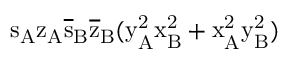
\mathrm { s _ { A } \mathrm { z _ { A } \mathrm { \overline { { s } } _ { B } \mathrm { \overline { { z } } _ { B } ( \mathrm { y _ { A } ^ { 2 } \mathrm { x _ { B } ^ { 2 } + \mathrm { x _ { A } ^ { 2 } \mathrm { y _ { B } ^ { 2 } ) } } } } } } } }